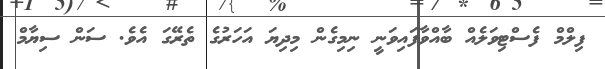
ފިލްމް ފެސްޓިވަލެއް ބާއްވާފައިވަނީ ނިމިގެން މިދިޔަ އަހަރުގެ ތެރޭގަ އެވެ. ސަން ސިޔާމް